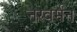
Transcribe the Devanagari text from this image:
नरवर्मन